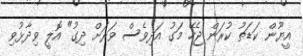
އީޔޫން ކަޑަތު ކުރަން ޖެހޭ މަގު އަދިވެސް ވަރަށް ދިގު" އޮލީ ވިދާޅުވި